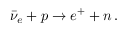
\bar { \nu } _ { e } + p \to e ^ { + } + n \, .